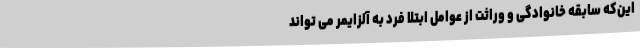
این‌که سابقه خانوادگی و وراثت از عوامل ابتلا فرد به آلزایمر می تواند